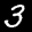
Label: 3